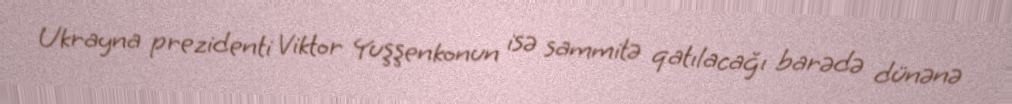
Ukrayna prezidenti Viktor Yuşşenkonun isə sammitə qatılacağı barədə dünənə